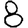
Digit: 8